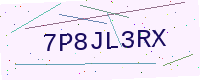
Text: 7P8JL3RX